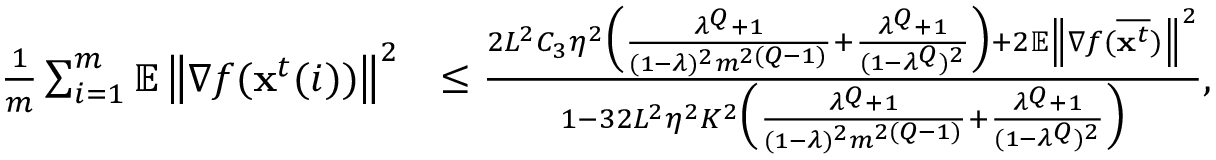
\begin{array} { r l } { \frac { 1 } { m } \sum _ { i = 1 } ^ { m } \mathbb { E } \left\| \nabla f ( \mathbf { x } ^ { t } ( i ) ) \right\| ^ { 2 } } & { \leq \frac { 2 L ^ { 2 } C _ { 3 } \eta ^ { 2 } \Big ( \frac { \lambda ^ { Q } + 1 } { ( 1 - \lambda ) ^ { 2 } m ^ { 2 ( Q - 1 ) } } + \frac { \lambda ^ { Q } + 1 } { ( 1 - \lambda ^ { Q } ) ^ { 2 } } \Big ) + 2 \mathbb { E } \left\| \nabla f ( \overline { { \mathbf { x } ^ { t } } } ) \right\| ^ { 2 } } { 1 - 3 2 L ^ { 2 } \eta ^ { 2 } K ^ { 2 } \Big ( \frac { \lambda ^ { Q } + 1 } { ( 1 - \lambda ) ^ { 2 } m ^ { 2 ( Q - 1 ) } } + \frac { \lambda ^ { Q } + 1 } { ( 1 - \lambda ^ { Q } ) ^ { 2 } } \Big ) } , } \end{array}